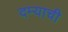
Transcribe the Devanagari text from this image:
दम्याची